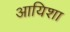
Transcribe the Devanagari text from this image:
आयिशा